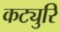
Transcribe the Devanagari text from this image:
कट्युरि